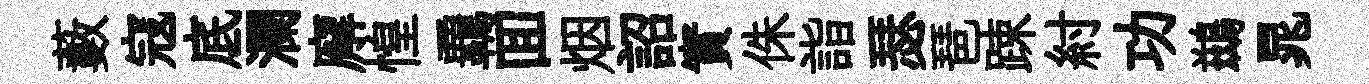
藪寇底瀾廨惶覊囬烟詔實侏詣瑟琶踈紂功鷀晁